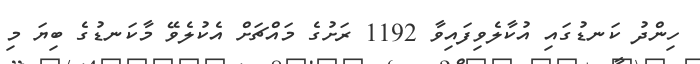
ހިންދު ކަނޑުގައި އުކާލެވިފައިވާ 1192 ރަށުގެ މައްޗަށް އެކުލެވޭ މާކަނޑުގެ ބިޔަ މި